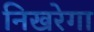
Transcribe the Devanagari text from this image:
निखरेगा